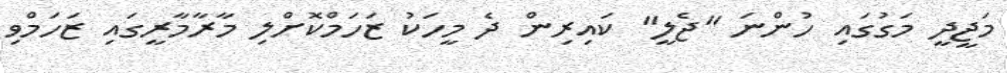
މަޖީދީ މަގުގައި ހުންނަ "ޖެލީ" ކައިރިން ދެ މީހަކު ޒަހަމްކޮށްލި މާރާމާރީގައި ޒަހަމްވި